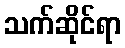
သက်ဆိုင်ရာ